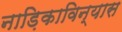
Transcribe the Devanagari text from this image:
नाड़िकाविन्यास